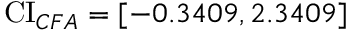
\operatorname { C I } _ { C F A } = [ - 0 . 3 4 0 9 , 2 . 3 4 0 9 ]